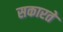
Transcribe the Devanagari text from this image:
सकारते